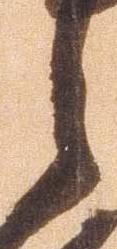
之